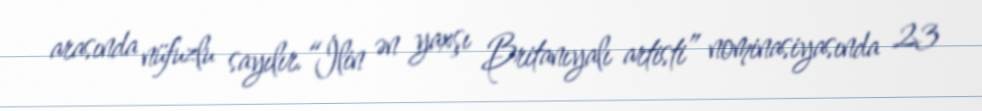
arasında nüfuzlu sayılır.“İlin ən yaxşı Britanıyalı artisti” nominasiyasında 23